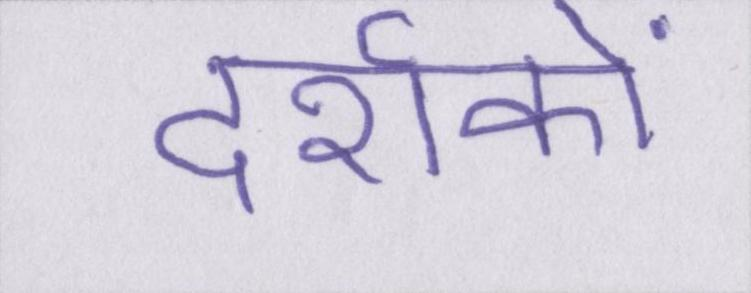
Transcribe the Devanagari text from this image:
दर्शकों